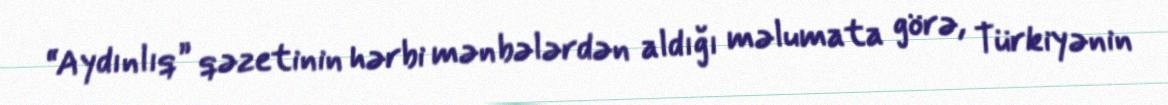
“Aydınlıq” qəzetinin hərbi mənbələrdən aldığı məlumata görə, Türkiyənin